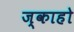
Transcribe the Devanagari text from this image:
ज्काहो